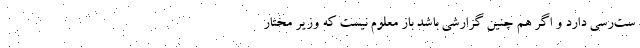
ست‌رسی دارد و اگر هم چنین گزارشی باشد باز معلوم نیست که وزیر مختار